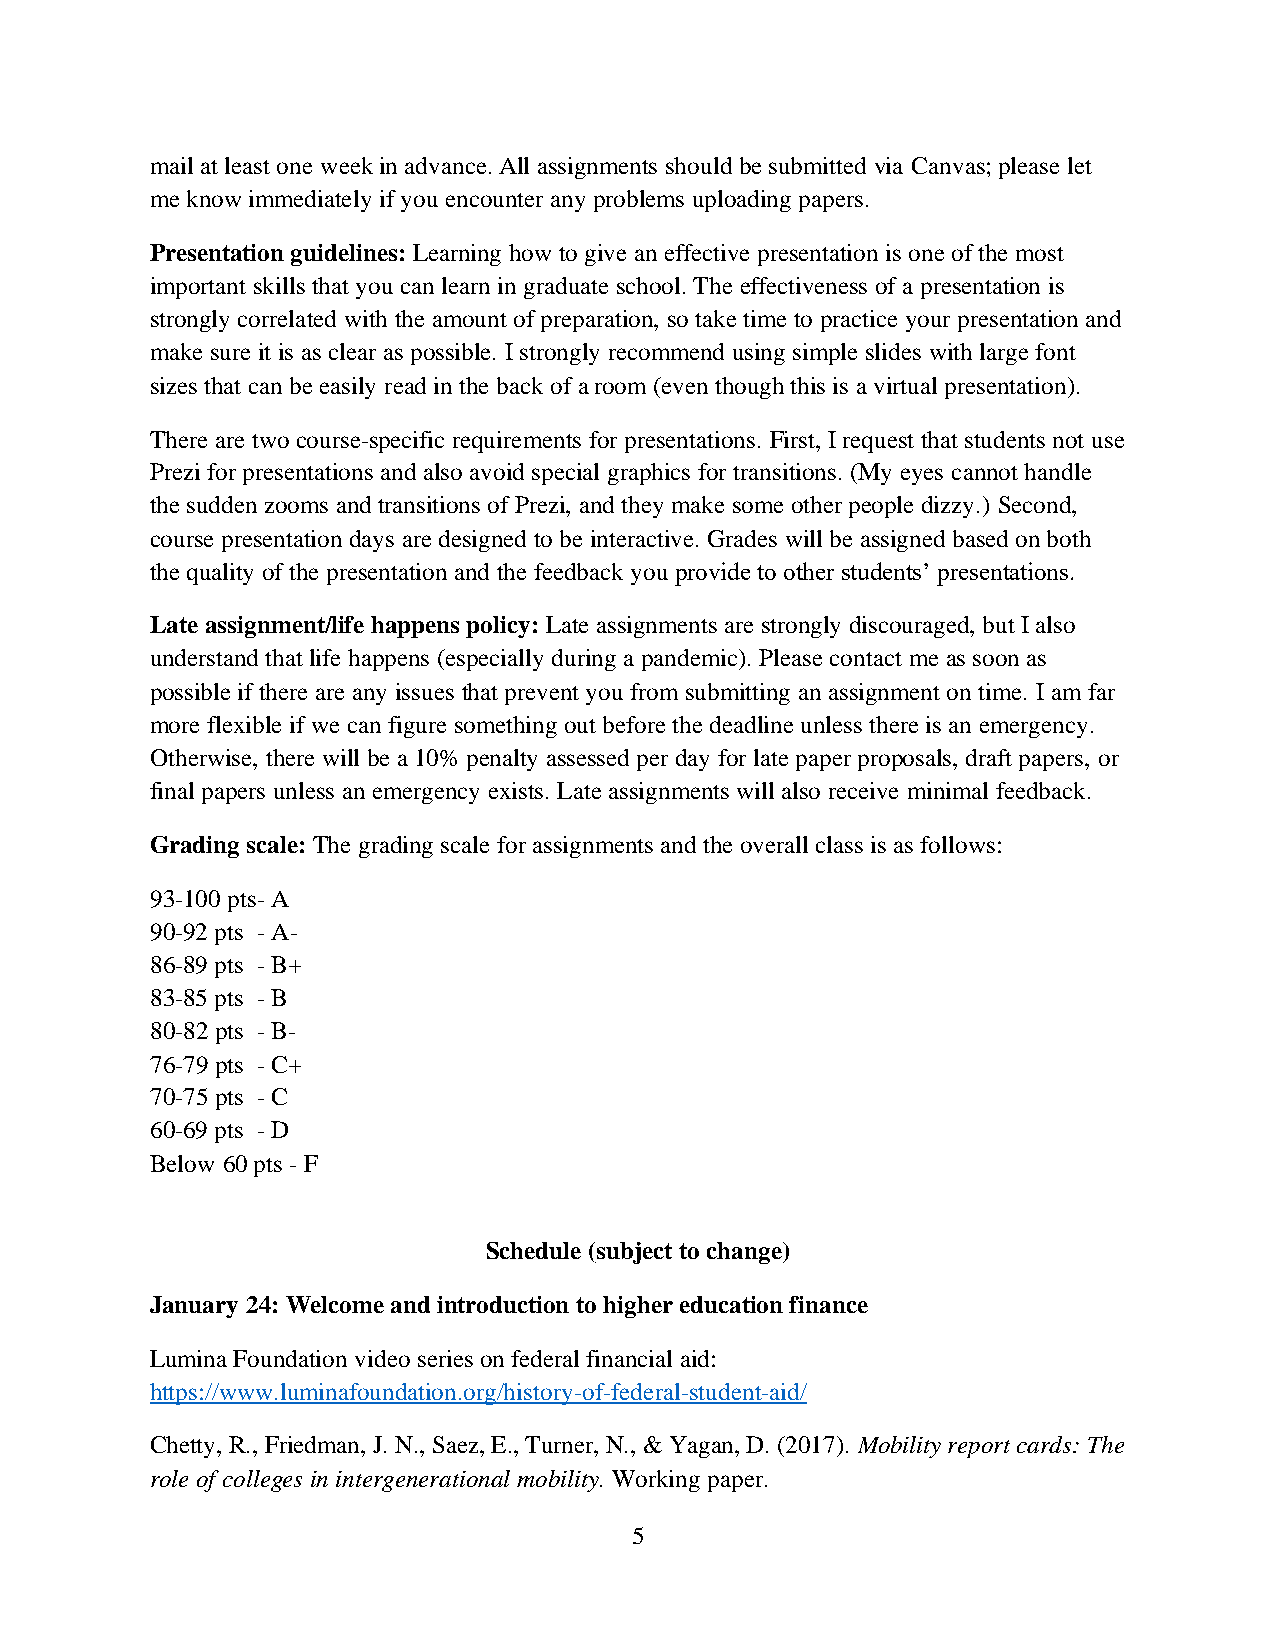
mail at least one week in advance. All assignments should be submitted via Canvas; please let
 me know immediately if you encounter any problems uploading papers.
 Presentation guidelines: Learning how to give an effective presentation is one of the most
 important skills that you can learn in graduate school. The effectiveness of a presentation is
 strongly correlated with the amount of preparation, so take time to practice your presentation and
 make sure it is as clear as possible. I strongly recommend using simple slides with large font
 sizes that can be easily read in the back of a room (even though this is a virtual presentation).
 There are two course-specific requirements for presentations. First, I request that students not use
 Prezi for presentations and also avoid special graphics for transitions. (My eyes cannot handle
 the sudden zooms and transitions of Prezi, and they make some other people dizzy.) Second,
 course presentation days are designed to be interactive. Grades will be assigned based on both
 the quality of the presentation and the feedback you provide to other students’ presentations.
 Late assignment/life happens policy: Late assignments are strongly discouraged, but I also
 understand that life happens (especially during a pandemic). Please contact me as soon as
 possible if there are any issues that prevent you from submitting an assignment on time. I am far
 more flexible if we can figure something out before the deadline unless there is an emergency.
 Otherwise, there will be a 10% penalty assessed per day for late paper proposals, draft papers, or
 final papers unless an emergency exists. Late assignments will also receive minimal feedback.
 Grading scale: The grading scale for assignments and the overall class is as follows:
 93-100 pts- A
 90-92 pts - A-
 86-89 pts - B+
 83-85 pts - B
 80-82 pts - B-
 76-79 pts - C+
 70-75 pts - C
 60-69 pts - D
 Below 60 pts - F
 Schedule (subject to change)
 January 24: Welcome and introduction to higher education finance
 Lumina Foundation video series on federal financial aid:
 https://www.luminafoundation.org/history-of-federal-student-aid/
 Chetty, R., Friedman, J. N., Saez, E., Turner, N., & Yagan, D. (2017). Mobility report cards: The
 role of colleges in intergenerational mobility. Working paper.
 5